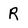
Character: R